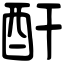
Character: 酑